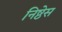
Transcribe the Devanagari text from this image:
निष्ठेस